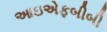
આઇએફબીબી